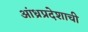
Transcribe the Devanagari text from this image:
आंध्रप्रदेशाची